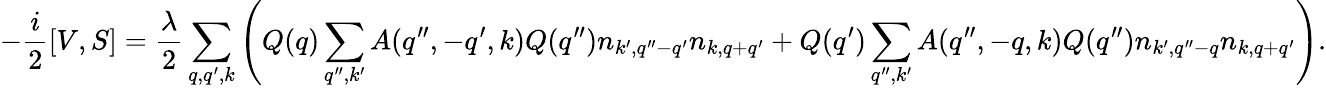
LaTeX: -\frac{i}{2}\left[V,S\right]=\frac{\lambda}{2}\sum_{q,q^{\prime},k}\left(Q(q)\sum_{q^{\prime\prime},k^{\prime}}A(q^{\prime\prime},-q^{\prime},k)Q(q^{\prime\prime})n_{k^{\prime},{q^{\prime\prime}-q^{\prime}}}n_{k,q+q^{\prime}}+Q(q^{\prime})\sum_{q^{\prime\prime},k^{\prime}}A(q^{\prime\prime},-q,k)Q(q^{\prime\prime})n_{k^{\prime},{q^{\prime\prime}-q}}n_{k,q+q^{\prime}}\right).